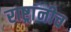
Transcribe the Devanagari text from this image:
राष्ट्रांनीच